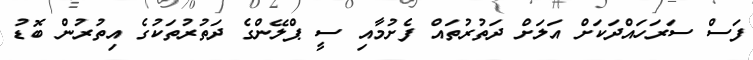
ފަސް ސަރަހައްދަކަށް އަލަށް ދަތުރުތައް ފެށުމާއި ސީ ޕްލޭންގެ ދަތުރުތަކުގެ އިތުރުން ބޮޑު